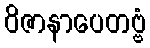
ဝိဇာနာပေတဗ္ဗံ